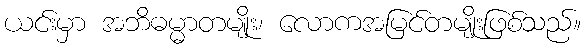
ယင်းမှာ အဘိဓမ္မာတမျိုး၊ လောကအမြင်တမျိုးဖြစ်သည်။